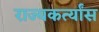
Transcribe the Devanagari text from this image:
राज्यकर्त्यांस